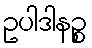
ဥပါဒါနဉ္စ